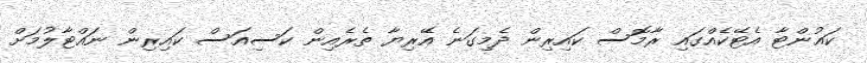
ކައުންޓާ އެޓޭކެއްގައި ރާމޮސް ކައިރިން ދެމިގަނެ އޭރިޔާ ތެރެއިން ކަސިއަސް ކައިރިން ނައްޓާލުމަށް